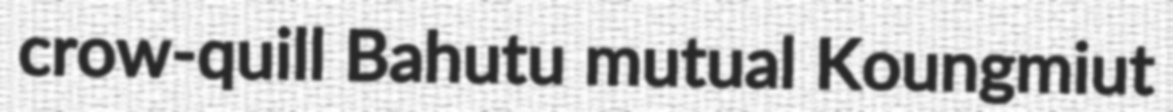
crow-quill Bahutu mutual Koungmiut